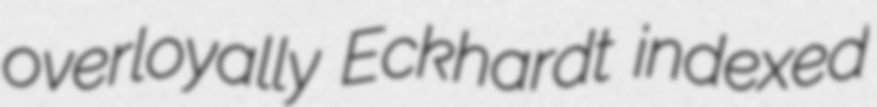
overloyally Eckhardt indexed